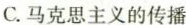
C.马克思主义的传播